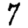
Digit: 7